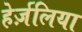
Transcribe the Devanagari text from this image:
हेर्ज़लिया